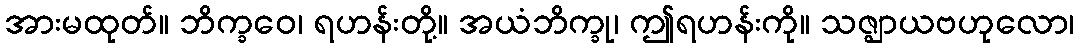
အားမထုတ်။ ဘိက္ခဝေ၊ ရဟန်းတို့။ အယံဘိက္ခု၊ ဤရဟန်းကို။ သဇ္ဈာယဗဟုလော၊